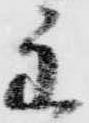
主